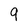
Character: 9